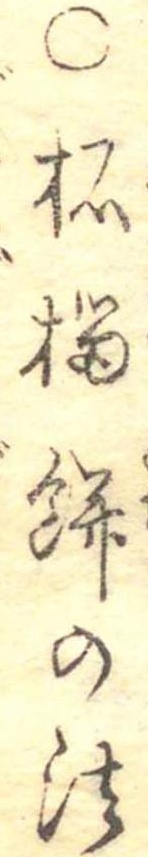
○柘榴餅の法